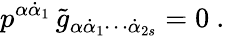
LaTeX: p^{\alpha\dot{\alpha}_{1}}\, \tilde{g}_{\alpha\dot{\alpha}_{1}\cdots\dot{\alpha}_{2s}}=0\ .